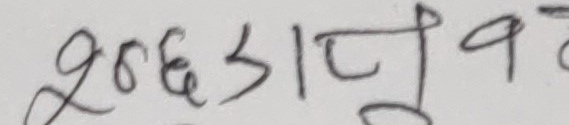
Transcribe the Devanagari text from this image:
शुरुआत